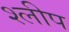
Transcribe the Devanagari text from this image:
श्लीप